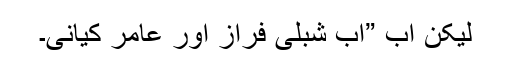
لیکن اب ”اب شبلی فراز اور عامر کیانی۔